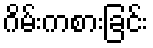
ဂိမ်းကစားခြင်း